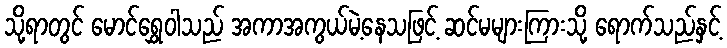
သို့ရာတွင် မောင်ရွှေဝါသည် အကာအကွယ်မဲ့နေသဖြင့် ဆင်မများကြားသို့ ရောက်သည်နှင့်